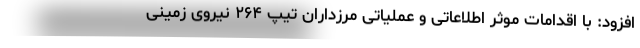
افزود: با اقدامات موثر اطلاعاتی و عملیاتی مرزداران تیپ ۲۶۴ نیروی زمینی